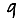
Digit: 9